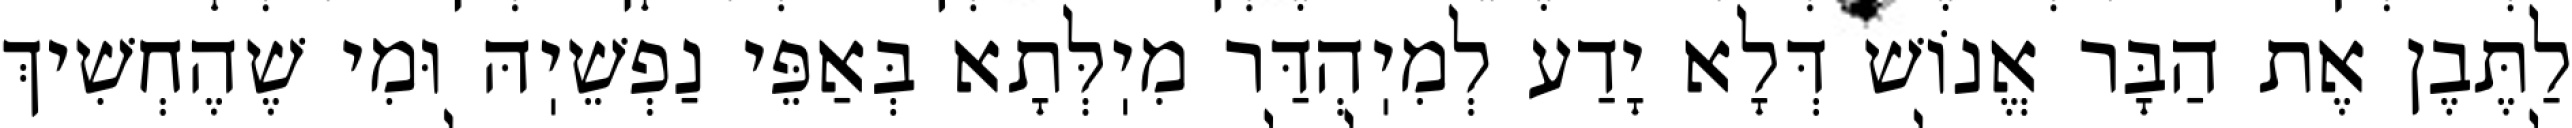
לַתֶּבֶן אֶת הַבָּר אֱנוֹשׁ דְּלָא יָדַע לְמִיֽהְדַּר מִיֽלְּתָא בְּאַפֵּי נַפְשֵׁיֽהּ וּמִי שֶׁהֶחְשִׁיךְ